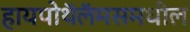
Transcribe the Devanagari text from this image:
हायपोथॅलॅमसमधील